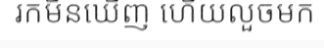
រកមិនឃើញ ហើយលួចមក